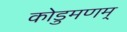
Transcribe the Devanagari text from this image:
कोडुमणम्